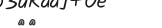
٧٢